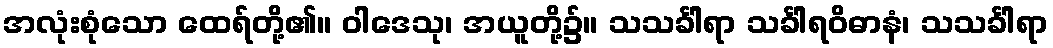
အလုံးစုံသော ထေရ်တို့၏။ ဝါဒေသု၊ အယူတို့၌။ သသင်္ခါရာ သင်္ခါရဝိဓာနံ၊ သသင်္ခါရာ